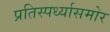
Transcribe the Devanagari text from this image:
प्रतिस्पर्ध्यासमोर